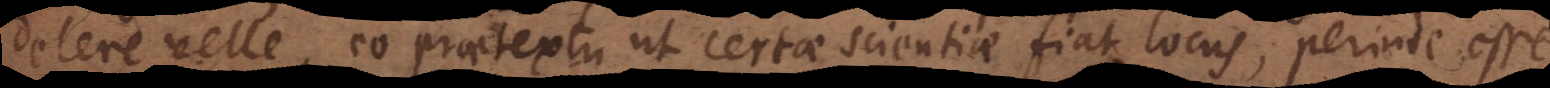
delere velle, eo praetextu ut certae scientiae fiat locus, perinde esse